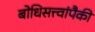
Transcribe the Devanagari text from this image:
बोधिसत्त्वांपैकी